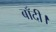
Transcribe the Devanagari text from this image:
बाँदी।